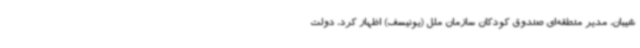
شیبان، مدیر منطقه‌ای صندوق کودکان سازمان ملل (یونیسف) اظهار کرد، دولت